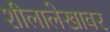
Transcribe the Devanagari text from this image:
शीलालेखावर